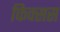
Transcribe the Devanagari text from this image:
फिक्सस